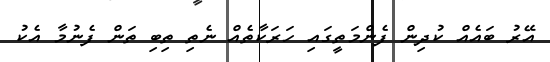
އޭރު ބައެއް ކުދިން ފެންމަތީގައި ހަރަކާތެއް ނެތި ތިބި ތަން ފެނުމާ އެކު